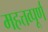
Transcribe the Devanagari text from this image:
महत्तव्पूर्ण